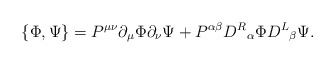
\begin{align*}\{\Phi,\Psi\}=P^{\mu\nu}\partial_\mu\Phi\partial_\nu\Psi+P^{\alpha \beta } {D^{R}}_{\alpha }\Phi{D^{L}}_{\beta }\Psi.\end{align*}